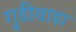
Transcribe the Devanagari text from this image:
गुडीवाड़ा